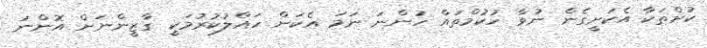
ކުށްތަކާ އެކަށީގެން ނުވާ ހުކުމްތައް ހުންނަ ނަމަ އެކަން ހައްލުކުރުމަކީ ގާޒީންނަށް އޮންނަ